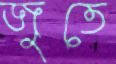
জুতে